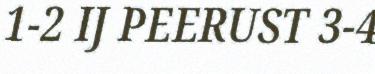
1-2 IJ PEERUST 3-4